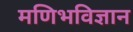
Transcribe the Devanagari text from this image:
मणिभविज्ञान